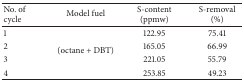
<table><thead><tr><td><b>No. of cycle</b></td><td><b>Model fuel</b></td><td><b>S-content (ppmw)</b></td><td><b>S-removal (%)</b></td></tr></thead><tbody><tr><td>1</td><td rowspan="4">(octane + DBT)</td><td>122.95</td><td>75.41</td></tr><tr><td>2</td><td>165.05</td><td>66.99</td></tr><tr><td>3</td><td>221.05</td><td>55.79</td></tr><tr><td>4</td><td>253.85</td><td>49.23</td></tr></tbody></table>